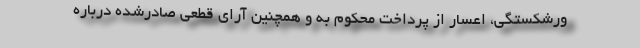
ورشکستگی، اعسار از پرداخت محکوم به و همچنین آرای قطعی صادرشده درباره